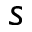
s